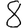
Digit: 8